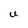
Character: U